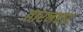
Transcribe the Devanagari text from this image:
तारनहार